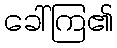
ခေါ်ကြ၏